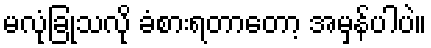
မလုံခြုံသလို ခံစားရတာတော့ အမှန်ပါပဲ။